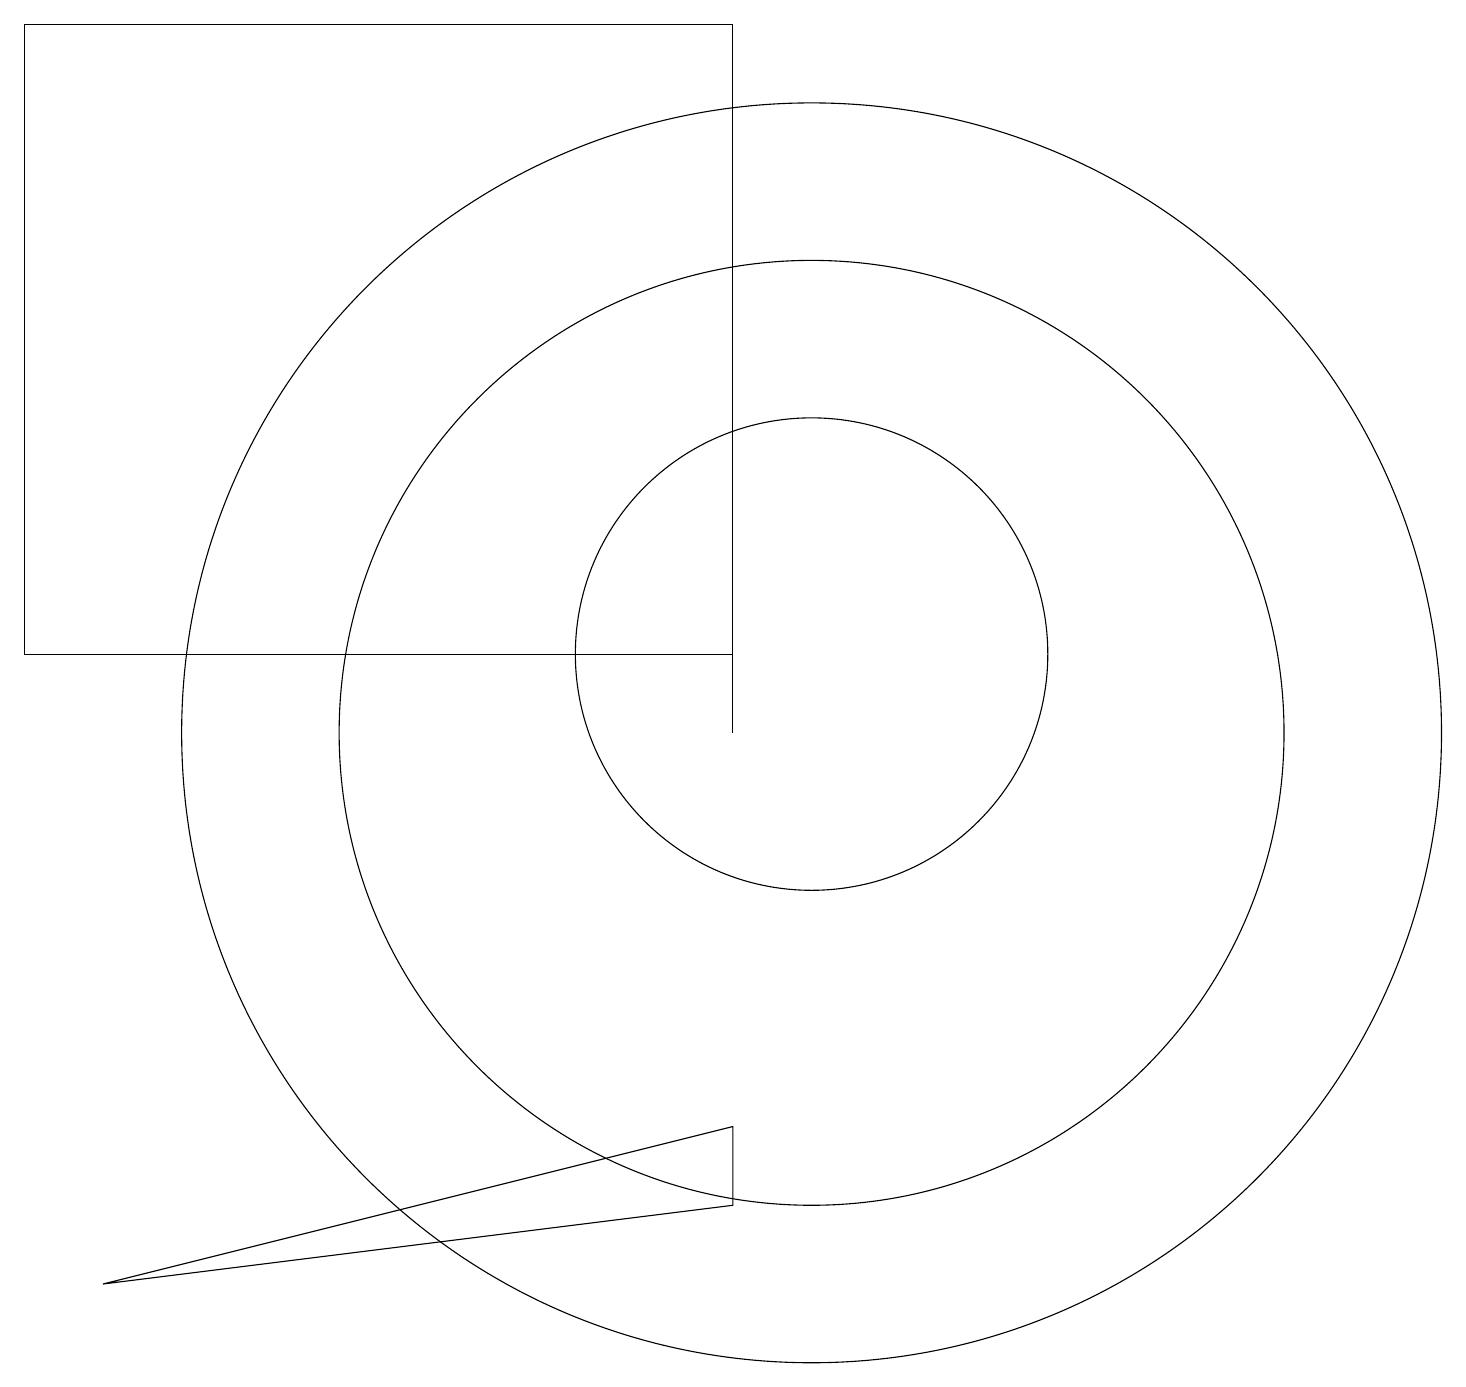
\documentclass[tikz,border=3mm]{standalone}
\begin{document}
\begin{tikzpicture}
\draw (10,11) circle (3);
\draw (10,10) circle (8);
\draw (0,11) rectangle (9,19);
\draw (9,15) rectangle (9,10);
\draw (10,10) circle (6);
\draw (9,4) -- (1,3) -- (9,5) -- cycle;
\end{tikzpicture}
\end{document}